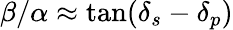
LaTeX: \beta/\alpha\approx\tan(\delta_{s}-\delta_{p})